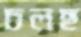
চলছ